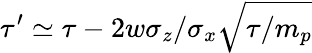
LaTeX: \tau^{\prime}\simeq\tau-2w\sigma_{z}/\sigma_{x}\sqrt{\tau/m_{p}}